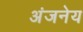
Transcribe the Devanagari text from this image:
अंजनेय